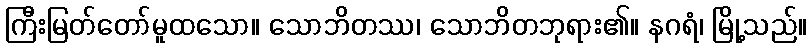
ကြီးမြတ်တော်မူထသော။ သောဘိတဿ၊ သောဘိတဘုရား၏။ နဂရံ၊ မြို့သည်။